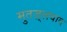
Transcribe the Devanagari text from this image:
मुतज़्लवाद